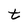
Character: t